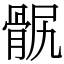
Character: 䯌